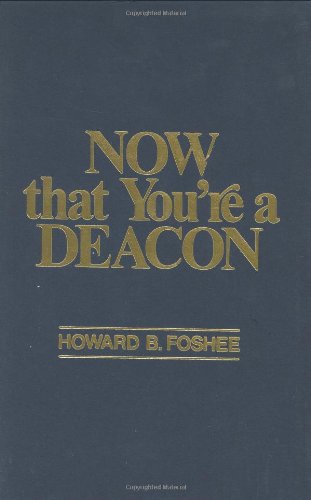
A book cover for Now That You're a Deacon; Howard Foshee; Christian Books & Bibles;